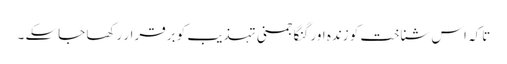
تاکہ اس شناخت کو زندہ اور گنگا جمنی تہذیب کو برقرار رکھا جاسکے ۔